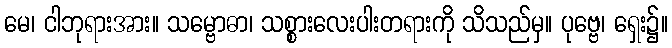
မေ၊ ငါဘုရားအား။ သမ္ဗောဓာ၊ သစ္စားလေးပါးတရားကို သိသည်မှ။ ပုဗ္ဗေ၊ ရှေး၌။